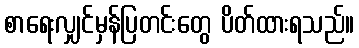
စာရေးလျှင်မှန်ပြတင်းတွေ ပိတ်ထားရသည်။